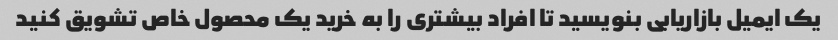
یک ایمیل بازاریابی بنویسید تا افراد بیشتری را به خرید یک محصول خاص تشویق کنید